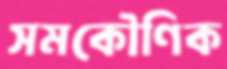
সমকৌণিক